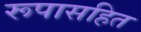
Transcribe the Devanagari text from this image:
रूपासहित